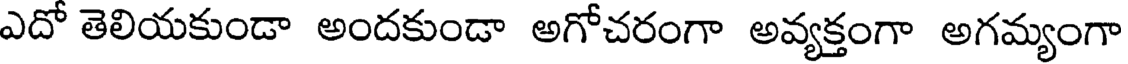
ఎదో తెలియకుండా అందకుండా అగోచరంగా అవ్యక్తంగా అగమ్యంగా